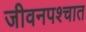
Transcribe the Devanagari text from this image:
जीवनपश्चात